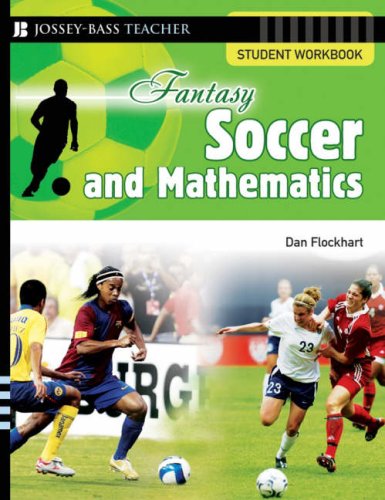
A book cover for Fantasy Soccer and Mathematics: Student Workbook; Dan Flockhart; Humor & Entertainment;